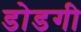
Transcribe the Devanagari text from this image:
डोडगी